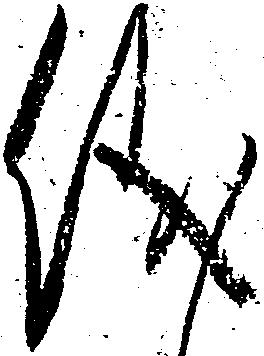
儀